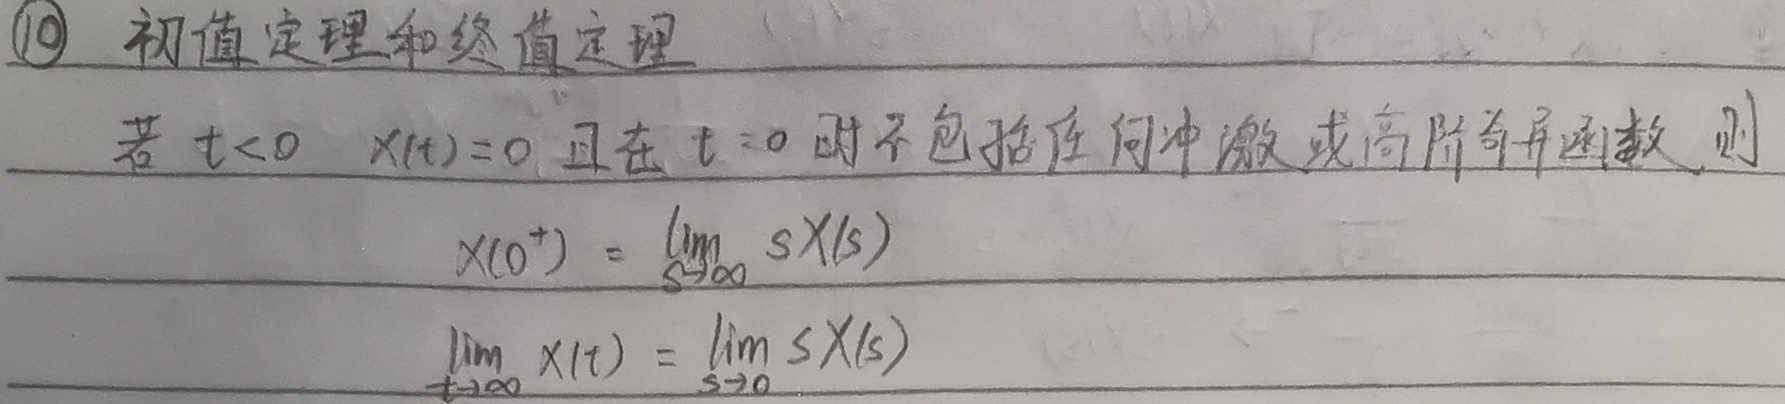
\textcircled{10} 初值定理和终值定理：若\(t < 0\)，\(x(t)=0\)且在\(t = 0\)时不包括任何冲激或高阶奇异函数，则
\[x(0^{+})=\lim_{s \to \infty} sX(s)\]
\[\lim_{t \to \infty} x(t)=\lim_{s \to 0} sX(s)\]